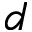
d